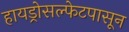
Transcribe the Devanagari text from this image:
हायड्रोसल्फेटपासून